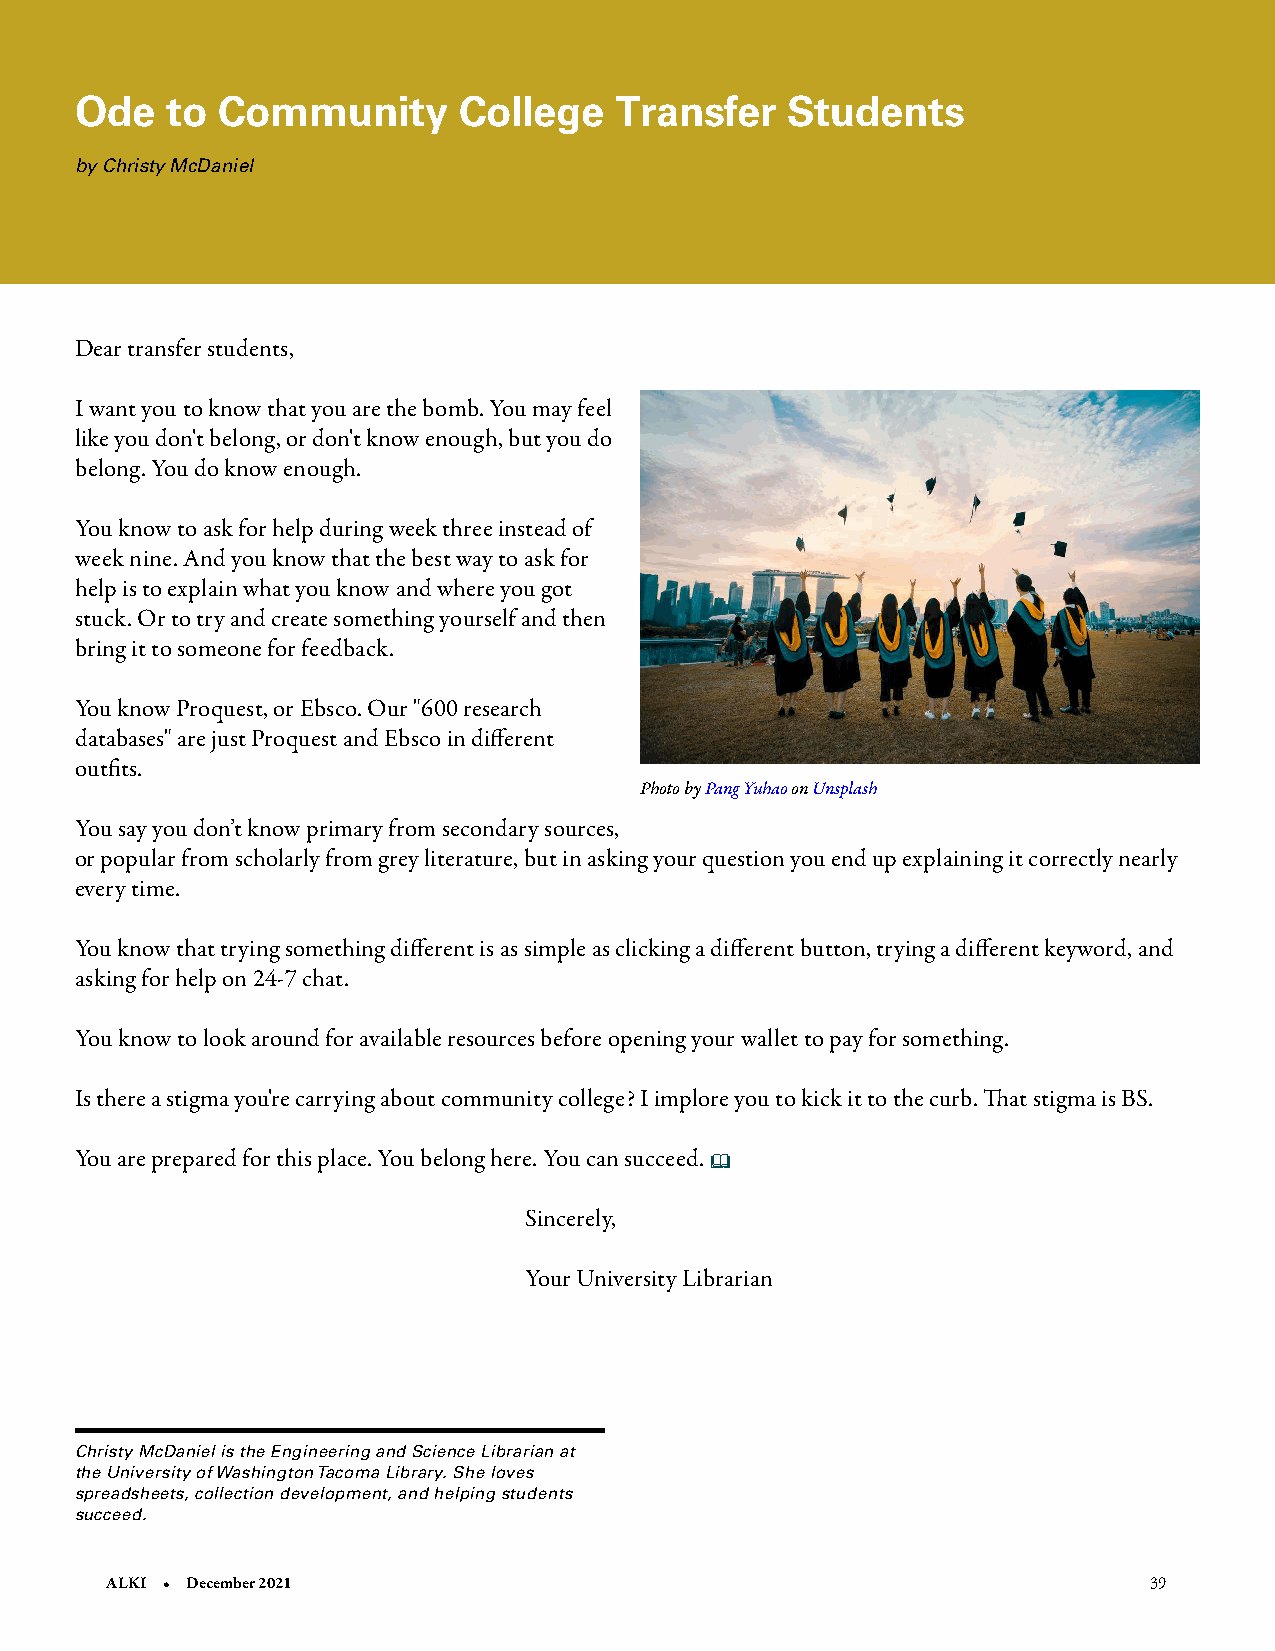
Ode   to Community       College    Transfer   Students
 by Christy McDaniel
 Dear transfer students,
 I want you to know that you are the bomb. You may feel
 like you don't belong, or don't know enough, but you do
 belong. You do know enough.
 You know to ask for help during week three instead of
 week nine. And you know that the best way to ask for
 help is to explain what you know and where you got
 stuck. Or to try and create something yourself and then
 bring it to someone for feedback.
 You know Proquest, or Ebsco. Our "600 research
 databases" are just Proquest and Ebsco in different
 outfits.
 Photo by Pang Yuhao on Unsplash
 You say you don’t know primary from secondary sources,
 or popular from scholarly from grey literature, but in asking your question you end up explaining it correctly nearly
 every time.
 You know that trying something different is as simple as clicking a different button, trying a different keyword, and
 asking for help on 24-7 chat.
 You know to look around for available resources before opening your wallet to pay for something.
 Is there a stigma you're carrying about community college? I implore you to kick it to the curb. That stigma is BS.
 You are prepared for this place. You belong here. You can succeed. 
 Sincerely,
 Your University Librarian
 Christy McDaniel is the Engineering and Science Librarian at
 the University of Washington Tacoma Library. She loves
 spreadsheets, collection development, and helping students
 succeed.
 ALKI • December 2021                                                 39